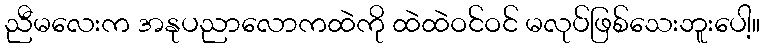
ညီမလေးက အနုပညာလောကထဲကို ထဲထဲဝင်ဝင် မလုပ်ဖြစ်သေးဘူးပေါ့။